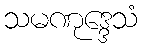
သမဏုဒ္ဒေသံ